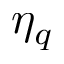
\eta _ { q }